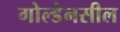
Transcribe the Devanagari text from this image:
गोल्डेनसील